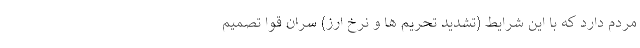
مردم دارد که با این شرایط (تشدید تحریم ها و نرخ ارز) سران قوا تصمیم